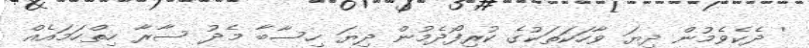
' ދެކެވެމުން ދިޔަ ވާހަކަތަކުގެ ކުރިފޯދެމުން ދިޔަ ހިސާބާ މެދު ސާރާ ހިތްހަމައެއް